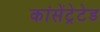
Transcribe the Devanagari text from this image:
कांसेंट्रेटेड